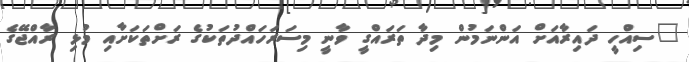
"ސިއްހީ ދައިރާއަށް އަންނަމުން މިދާ ތަރައްގީ ވާނީ މިސަރަހައްދުތަކުގެ ރަށްތަކަށާއި މުޅި ރާއްޖޭގެ